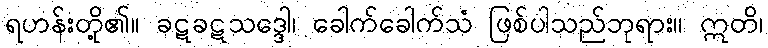
ရဟန်းတို့၏။ ခဋခဋသဒ္ဒေါ၊ ခေါက်ခေါက်သံ ဖြစ်ပါသည်ဘုရား။ ဣတိ၊